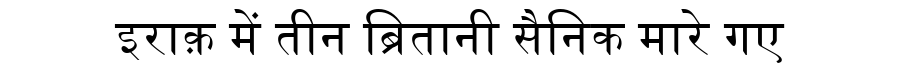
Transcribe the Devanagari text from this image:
इराक़ में तीन ब्रितानी सैनिक मारे गए